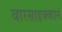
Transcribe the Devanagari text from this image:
वारसाहक्कानं